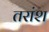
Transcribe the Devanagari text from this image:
तरांश